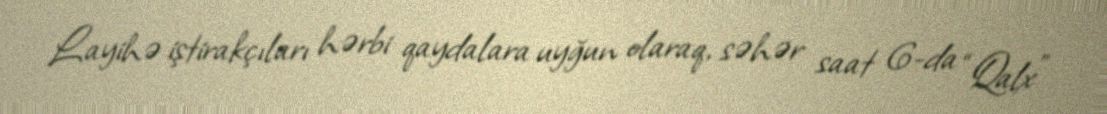
Layihə iştirakçıları hərbi qaydalara uyğun olaraq, səhər saat 6-da “Qalx”